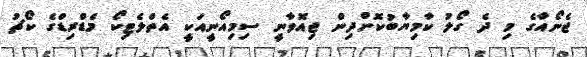
ޖެނޯއާގެ މި ދެ ގޯލު ކާމިޔާބުކޮށްދިން ޖިއޮވާނީ ސިމިއޯނީއަކީ އެތްލެޓިކޯ މެޑްރިޑްގެ ކޯޗު